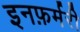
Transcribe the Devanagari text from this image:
इनफ़र्मरी